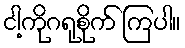
ငါ့ကိုဂရုစိုက် ကြပါ။